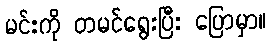
မင်းကို တမင်ရွေးပြီး ပြောမှာ။